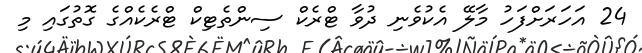
24 އަހަރަށްފަހު މާލޭ އެކުވެނި ދުވާ ޓްރެކް ސިންތެޓިކް ޓްރެކެއްގެ ގޮތުގައި މި